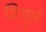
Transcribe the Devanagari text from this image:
विश्रुतं